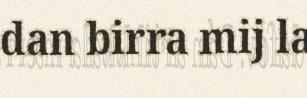
dan birra mij la